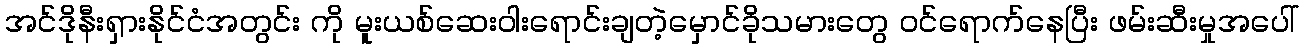
အင်ဒိုနီးရှားနိုင်ငံအတွင်း ကို မူးယစ်ဆေးဝါးရောင်းချတဲ့မှောင်ခိုသမားတွေ ဝင်ရောက်နေပြီး ဖမ်းဆီးမှုအပေါ်